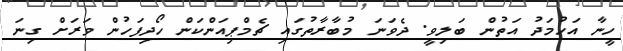
ހީނާ އަހުމަދު އަތުން ބަލިވީ. ދެވަނަ މުބާރާތުގައި ޗެމްޕިއަންކަން ހޯދިފަހުން ވަރަށް ގިނަ